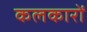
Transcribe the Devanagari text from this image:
कलकारों